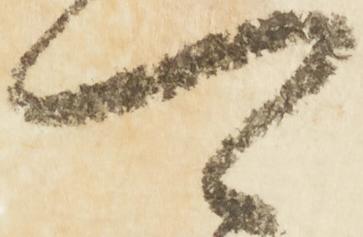
可